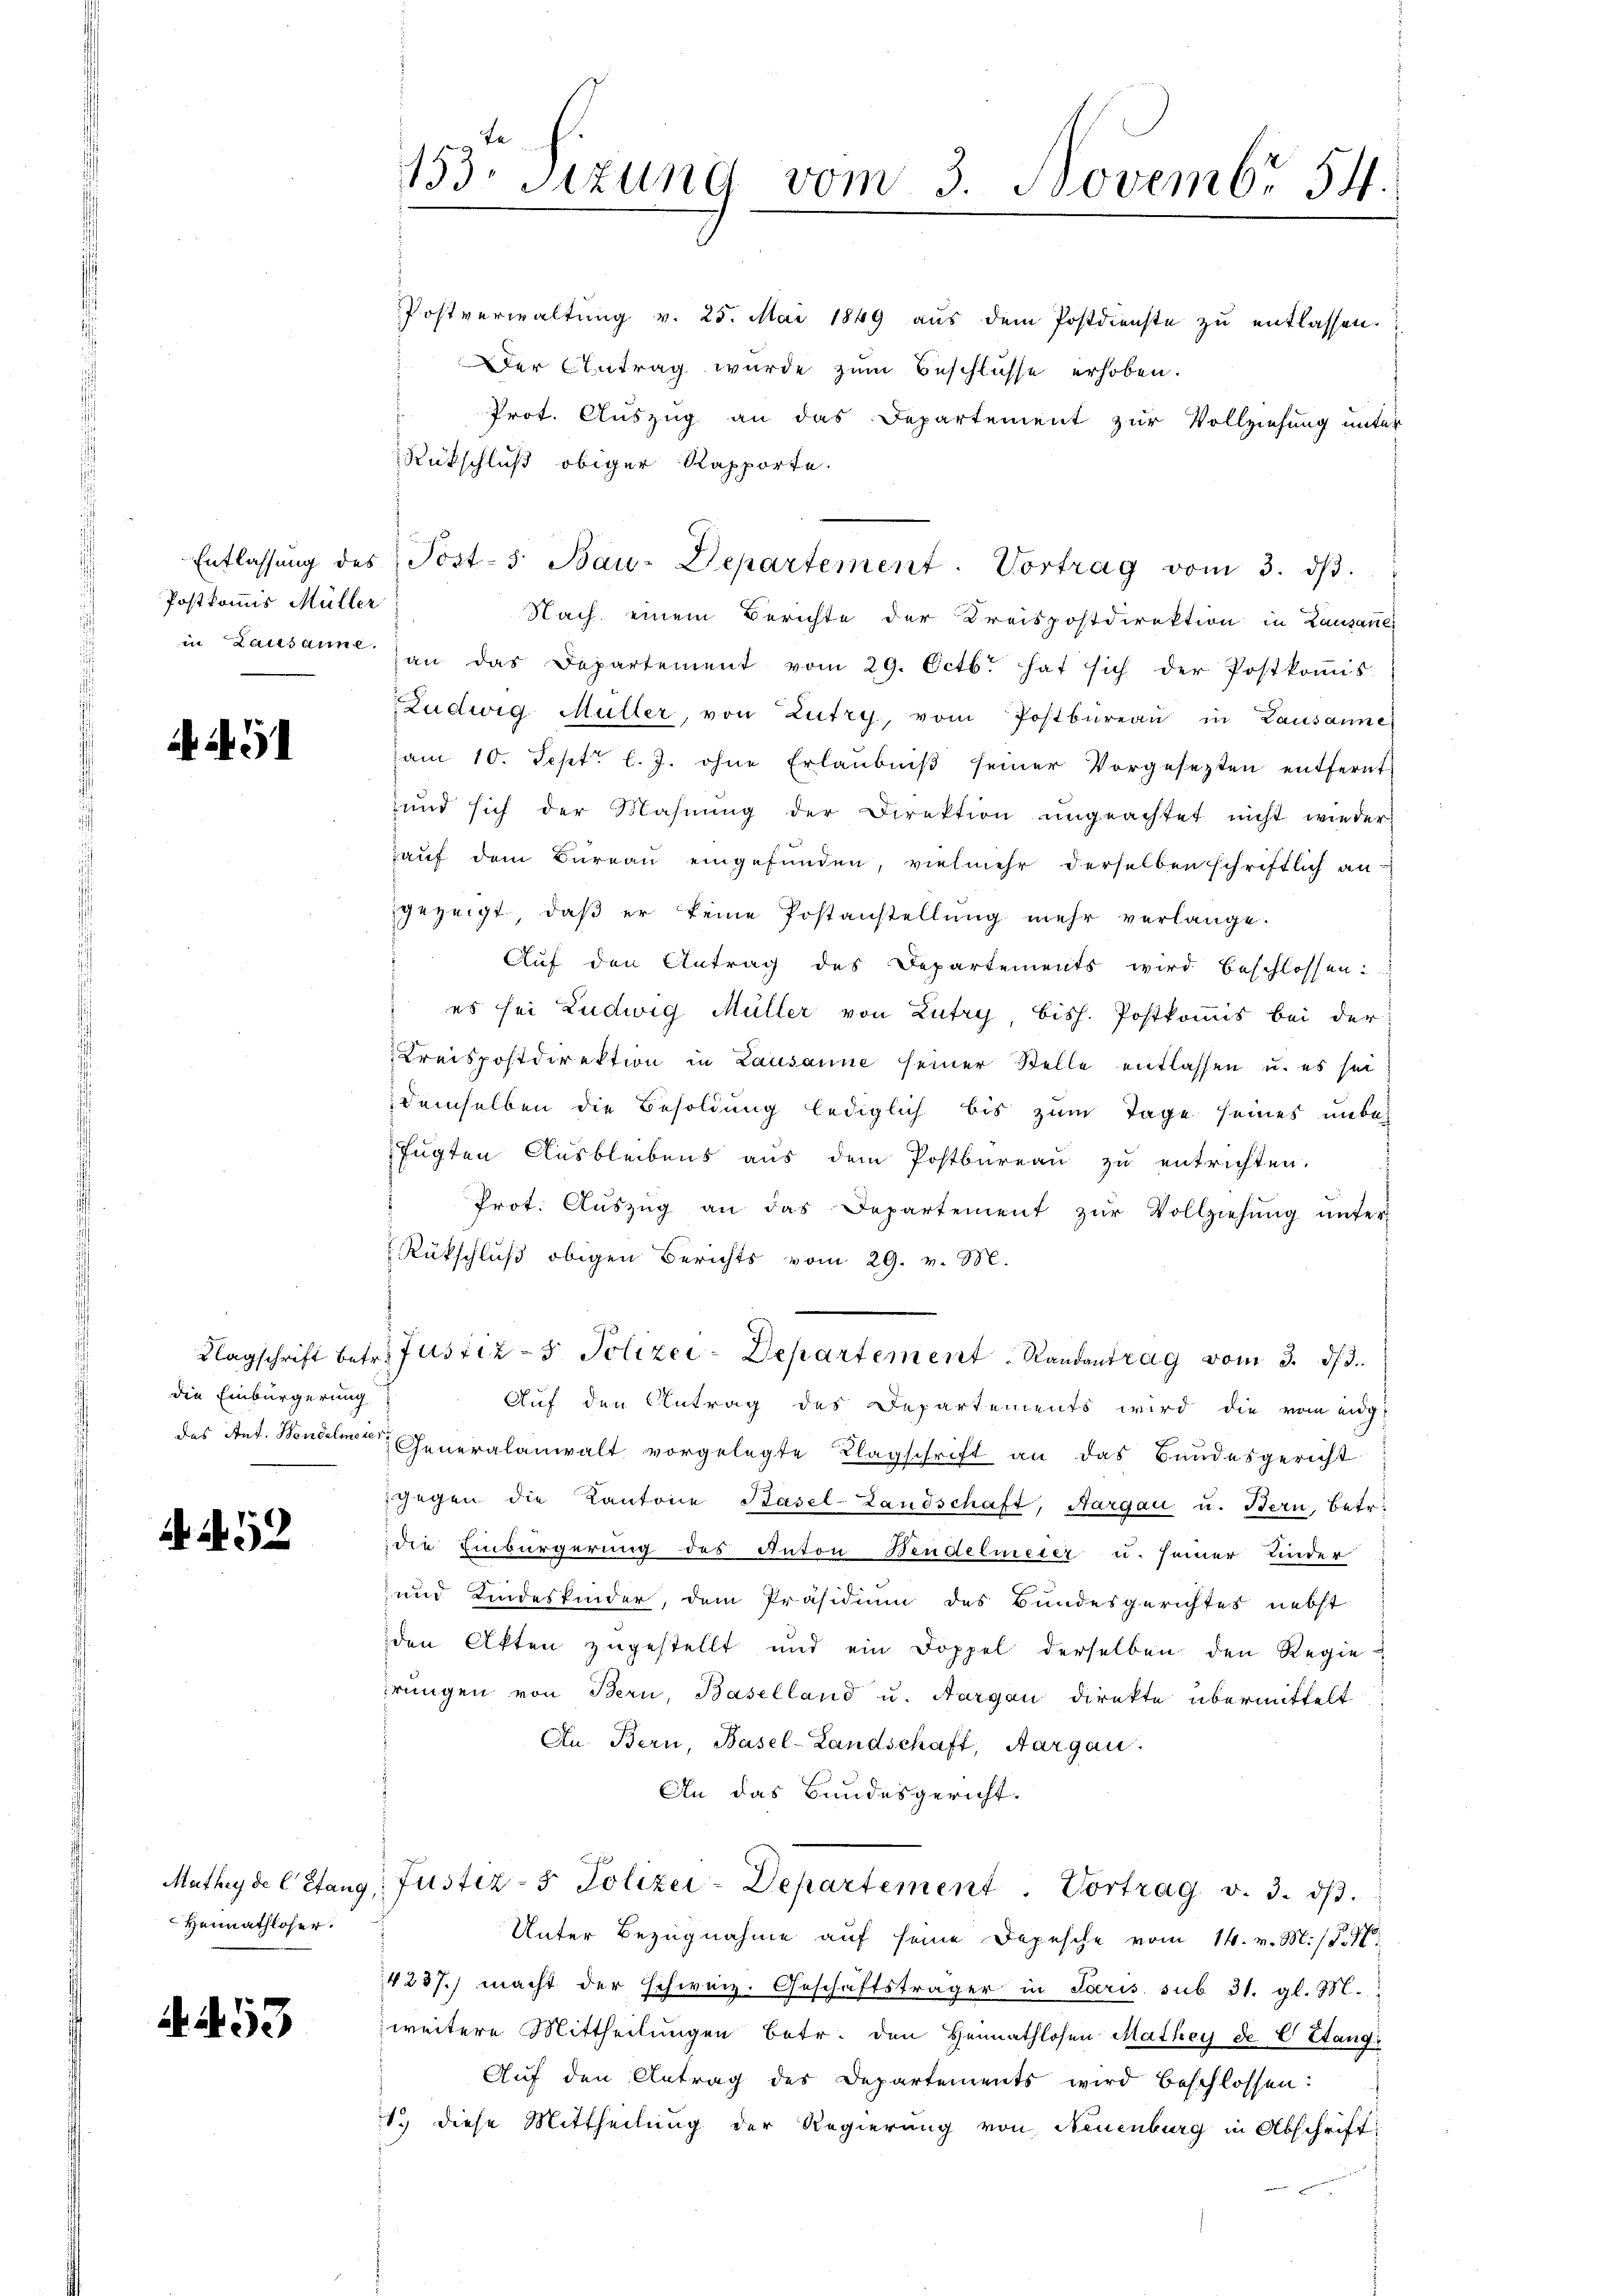
Postkommis Müller

Ai 91

die Einbürgerung

52

Heimathloser.

53

Prot. Auszug an das Departement zur Vollziehung unter
Rükschluß obiger Rapporte.
Nach einem Berichte der Kreispostdirektion in Lausanner
in Lausanne an das Departement vom 29. Octbr. hat sich der Postkoṁis-
Ludwig Müller, von Zutry, vom Postbüreaŭ in Lausanne,
am 10. Sept. l. J. ohne Erlaubniß seiner Vorgesezten entfernt
und sich der Mahnŭng der Direktion ŭngeachtet nicht wieder
auf dem Bureau eingefunden, vielmehr derselben schriftlich an-
gezeigt, daβ er keine Postanstellŭng mehr verlange.
Auf den Antrag des Departements wird beschlossen:
es sei Ludwig Müller von Lutry, bish. Postkomis bei der
Kreispostdirektion in Lausanne seiner Stelle entlassen u. es sei
demselben die Besoldung lediglich bis zum Tage seines unbefügten Ausbleibens aus dem Postbureau zu entrichten.
Prot. Aŭszŭg an das Departement zŭr Vollziehŭng ŭnter-
Rückschluß obigen Berichts vom 29. v. M.
Klagschrift betr. Justiz- & Polizei-Departement Randantrag vom 3. d. d.
Auf den Antrag des Departements wird die vom eidg
das Ant. Wendelmann Generalanwalt vorgelegte Klagschrift an das Bundesgericht
gegen die Kantone Basel-Landschaft, Aargau u. Bern, betr.
die Einbürgerung des Anton Neudelmeier u. seiner Kinder
und Kindeskinder, dem Präsidium des Bundesgerichtes nebst
den Akten zugestellt und ein Doppel derselben den Regie
rungen von Bern, Baselland u. Aargau direkte übermittelt
An. Bern, Basel-Landschaft, Aargau.
An das Bundesgericht.
Mathey de l Stang: Justiz- & Polizei-Departement. Vortrag v. 3. dβ.
Unter Bezugnahme auf seine Depesche vom 14. v. M. d. M.
4237. macht der schweiz. Geschäftsträger in Paris sub 31. gl. M.
weitere Mittheilungen betr. den Heimathlosen Mathey de E Stang¬
Auf den Antrag des Departements wird beschlossen:
1.) diese Mittheilung der Regierung von Neuenburg in Abschrift

133. Sizung vom 3. Novembr 54.

Postverwaltung v. 25. Mai 1849 aus dem Postdienste zu entlassen.
Der Antrag wurde zum Beschlüsse erhoben.

Entlassŭng des Post- 5. Bau-Departement. Vortrag vom 3. dβ.